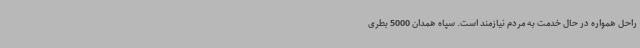
راحل همواره در حال خدمت به مردم نیازمند است. سپاه همدان 5000 بطری